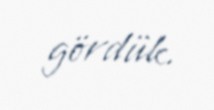
gördük.